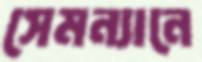
সেমন্যানে